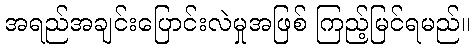
အရည်အချင်းပြောင်းလဲမှုအဖြစ် ကြည့်မြင်ရမည်။